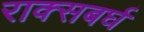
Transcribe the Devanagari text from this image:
राक्सबर्घ